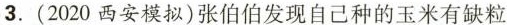
3.（2020西安模拟）张伯伯发现自己种的玉米有缺粒